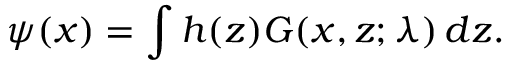
\psi ( x ) = \int h ( z ) G ( x , z ; \lambda ) \, d z .